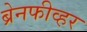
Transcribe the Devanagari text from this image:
ब्रेनफीव्हर